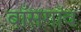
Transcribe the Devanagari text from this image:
बाँसगाँव